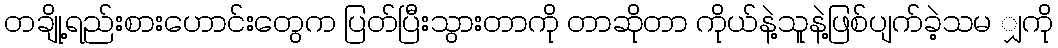
တချို့ရည်းစားဟောင်းတွေက ပြတ်ပြီးသွားတာကို တာဆိုတာ ကိုယ်နဲ့သူနဲ့ဖြစ်ပျက်ခဲ့သမ ျှကို